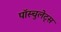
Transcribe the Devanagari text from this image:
पॉस्चुलेट्स